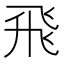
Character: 飛